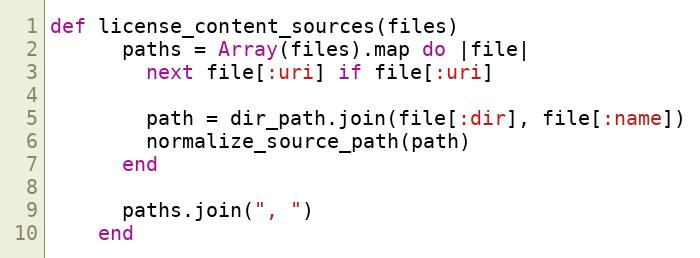
Language: Ruby
def license_content_sources(files)
      paths = Array(files).map do |file|
        next file[:uri] if file[:uri]

        path = dir_path.join(file[:dir], file[:name])
        normalize_source_path(path)
      end

      paths.join(", ")
    end